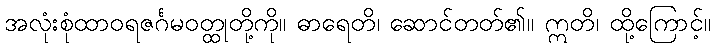
အလုံးစုံထာဝရဇင်္ဂမဝတ္ထုတို့ကို။ ဓာရေတိ၊ ဆောင်တတ်၏။ ဣတိ၊ ထို့ကြောင့်။